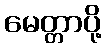
မေတ္တာပို့